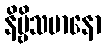
နိဗ္ဗိသမာနော